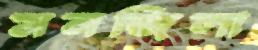
মনজিলা